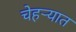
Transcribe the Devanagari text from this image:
चेहऱ्यात